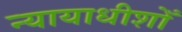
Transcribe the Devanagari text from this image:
न्यायाधीशोँ